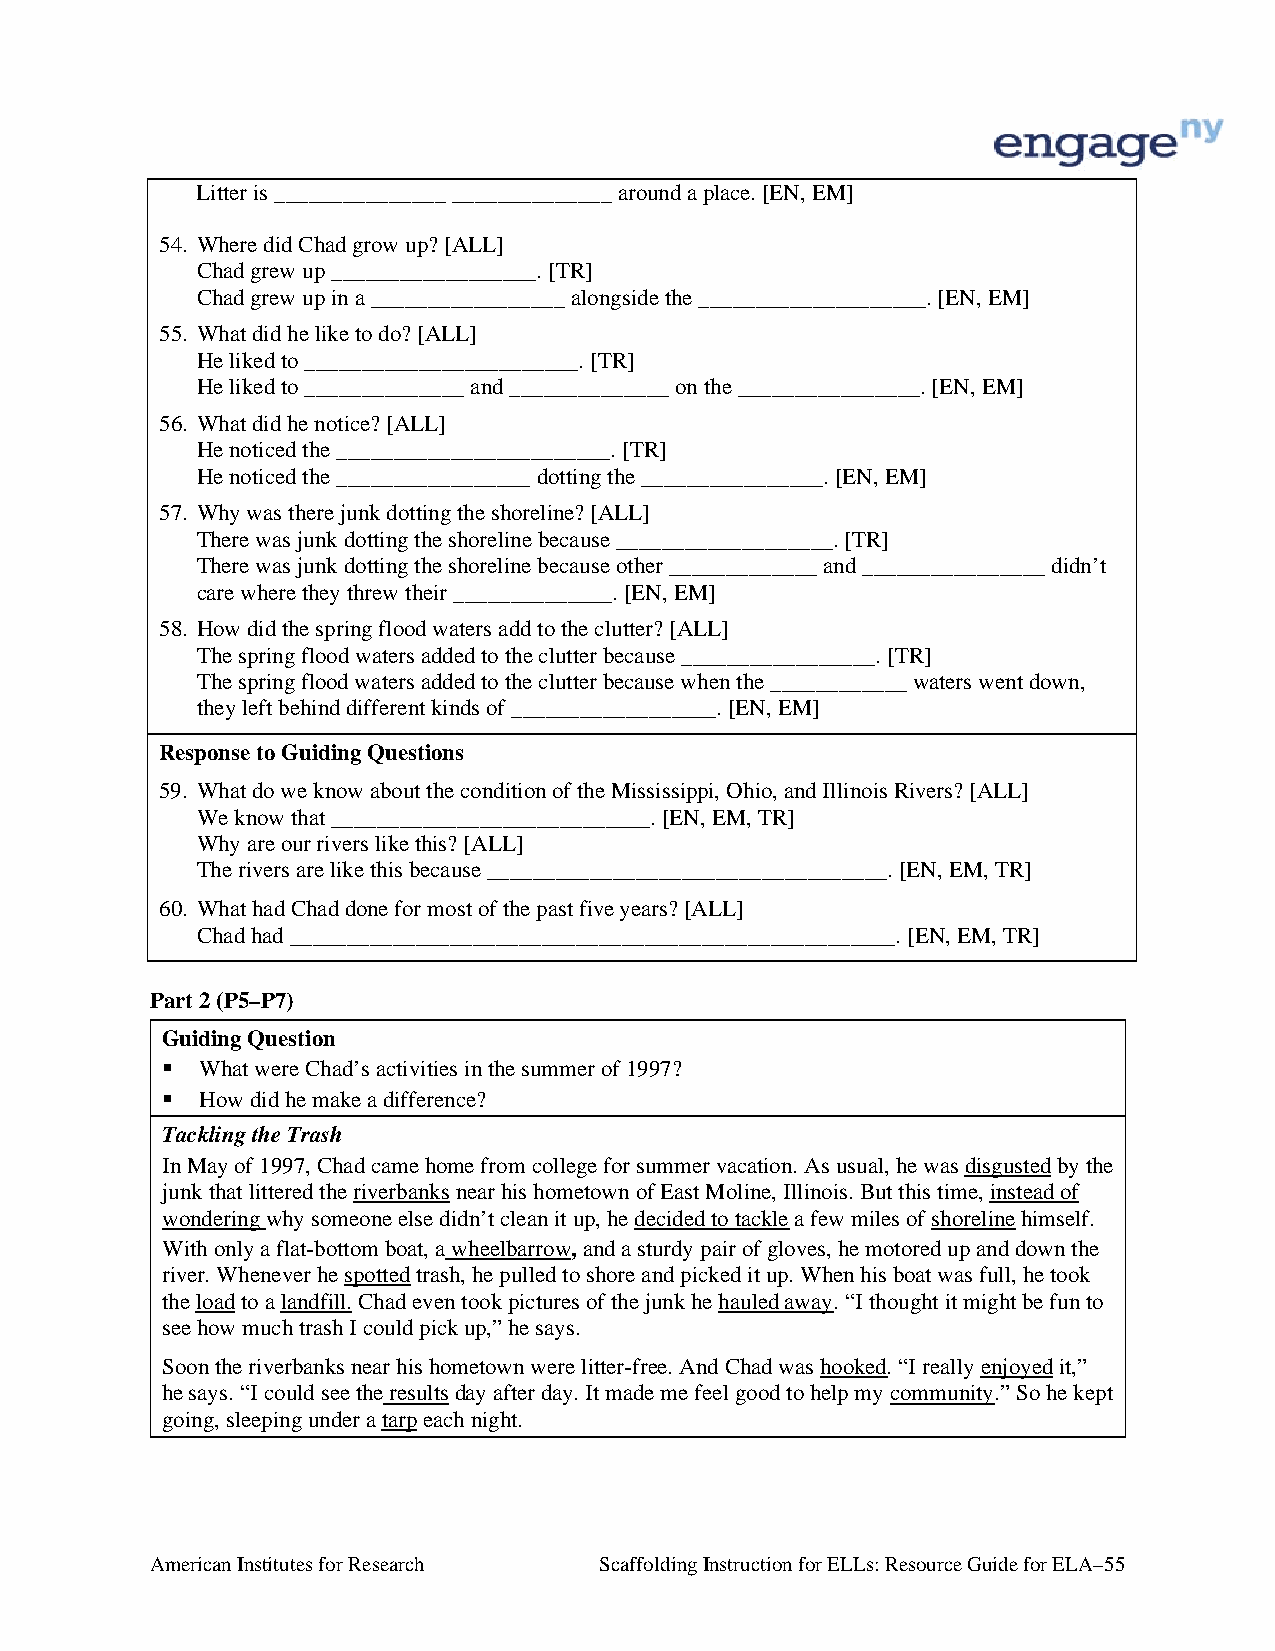
Litter is _______________ ______________ around a place. [EN, EM]
 54. Where did Chad grow up? [ALL]
 Chad grew up __________________. [TR]
 Chad grew up in a _________________ alongside the ____________________. [EN, EM]
 55. What did he like to do? [ALL]
 He liked to ________________________. [TR]
 He liked to ______________ and ______________ on the ________________. [EN, EM]
 56. What did he notice? [ALL]
 He noticed the ________________________. [TR]
 He noticed the _________________ dotting the ________________. [EN, EM]
 57. Why was there junk dotting the shoreline? [ALL]
 There was junk dotting the shoreline because ___________________. [TR]
 There was junk dotting the shoreline because other _____________ and ________________ didn’t
 care where they threw their ______________. [EN, EM]
 58. How did the spring flood waters add to the clutter? [ALL]
 The spring flood waters added to the clutter because _________________. [TR]
 The spring flood waters added to the clutter because when the ____________ waters went down,
 they left behind different kinds of __________________. [EN, EM]
 Response to Guiding Questions
 59. What do we know about the condition of the Mississippi, Ohio, and Illinois Rivers? [ALL]
 We know that ____________________________. [EN, EM, TR]
 Why are our rivers like this? [ALL]
 The rivers are like this because ___________________________________. [EN, EM, TR]
 60. What had Chad done for most of the past five years? [ALL]
 Chad had _____________________________________________________. [EN, EM, TR]
 Part 2 (P5–P7)
 Guiding Question
  What were Chad’s activities in the summer of 1997?
  How did he make a difference?
 Tackling the Trash
 In May of 1997, Chad came home from college for summer vacation. As usual, he was disgusted by the
 junk that littered the riverbanks near his hometown of East Moline, Illinois. But this time, instead of
 wondering why someone else didn’t clean it up, he decided to tackle a few miles of shoreline himself.
 With only a flat-bottom boat, a wheelbarrow, and a sturdy pair of gloves, he motored up and down the
 river. Whenever he spotted trash, he pulled to shore and picked it up. When his boat was full, he took
 the load to a landfill. Chad even took pictures of the junk he hauled away. “I thought it might be fun to
 see how much trash I could pick up,” he says.
 Soon the riverbanks near his hometown were litter-free. And Chad was hooked. “I really enjoyed it,”
 he says. “I could see the results day after day. It made me feel good to help my community.” So he kept
 going, sleeping under a tarp each night.
 American Institutes for Research Scaffolding Instruction for ELLs: Resource Guide for ELA–55